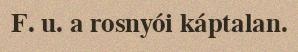
F. u. a rosnyói káptalan.